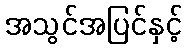
အသွင်အပြင်နှင့်